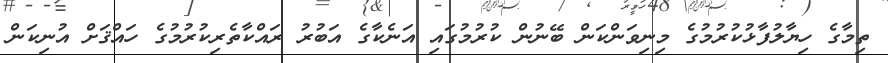
ތިމާގެ ހިޔާލުފާޅުކުރުމުގެ މިނިވަންކަން ބޭނުން ކުރުމުގައި އަނެކާގެ އަބުރު ރައްކާތެރިކުރުމުގެ ހައްޤަށް އުނިކަން